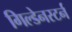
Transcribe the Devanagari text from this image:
गिल्डेनस्टर्न